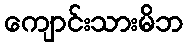
ကျောင်းသားမိဘ